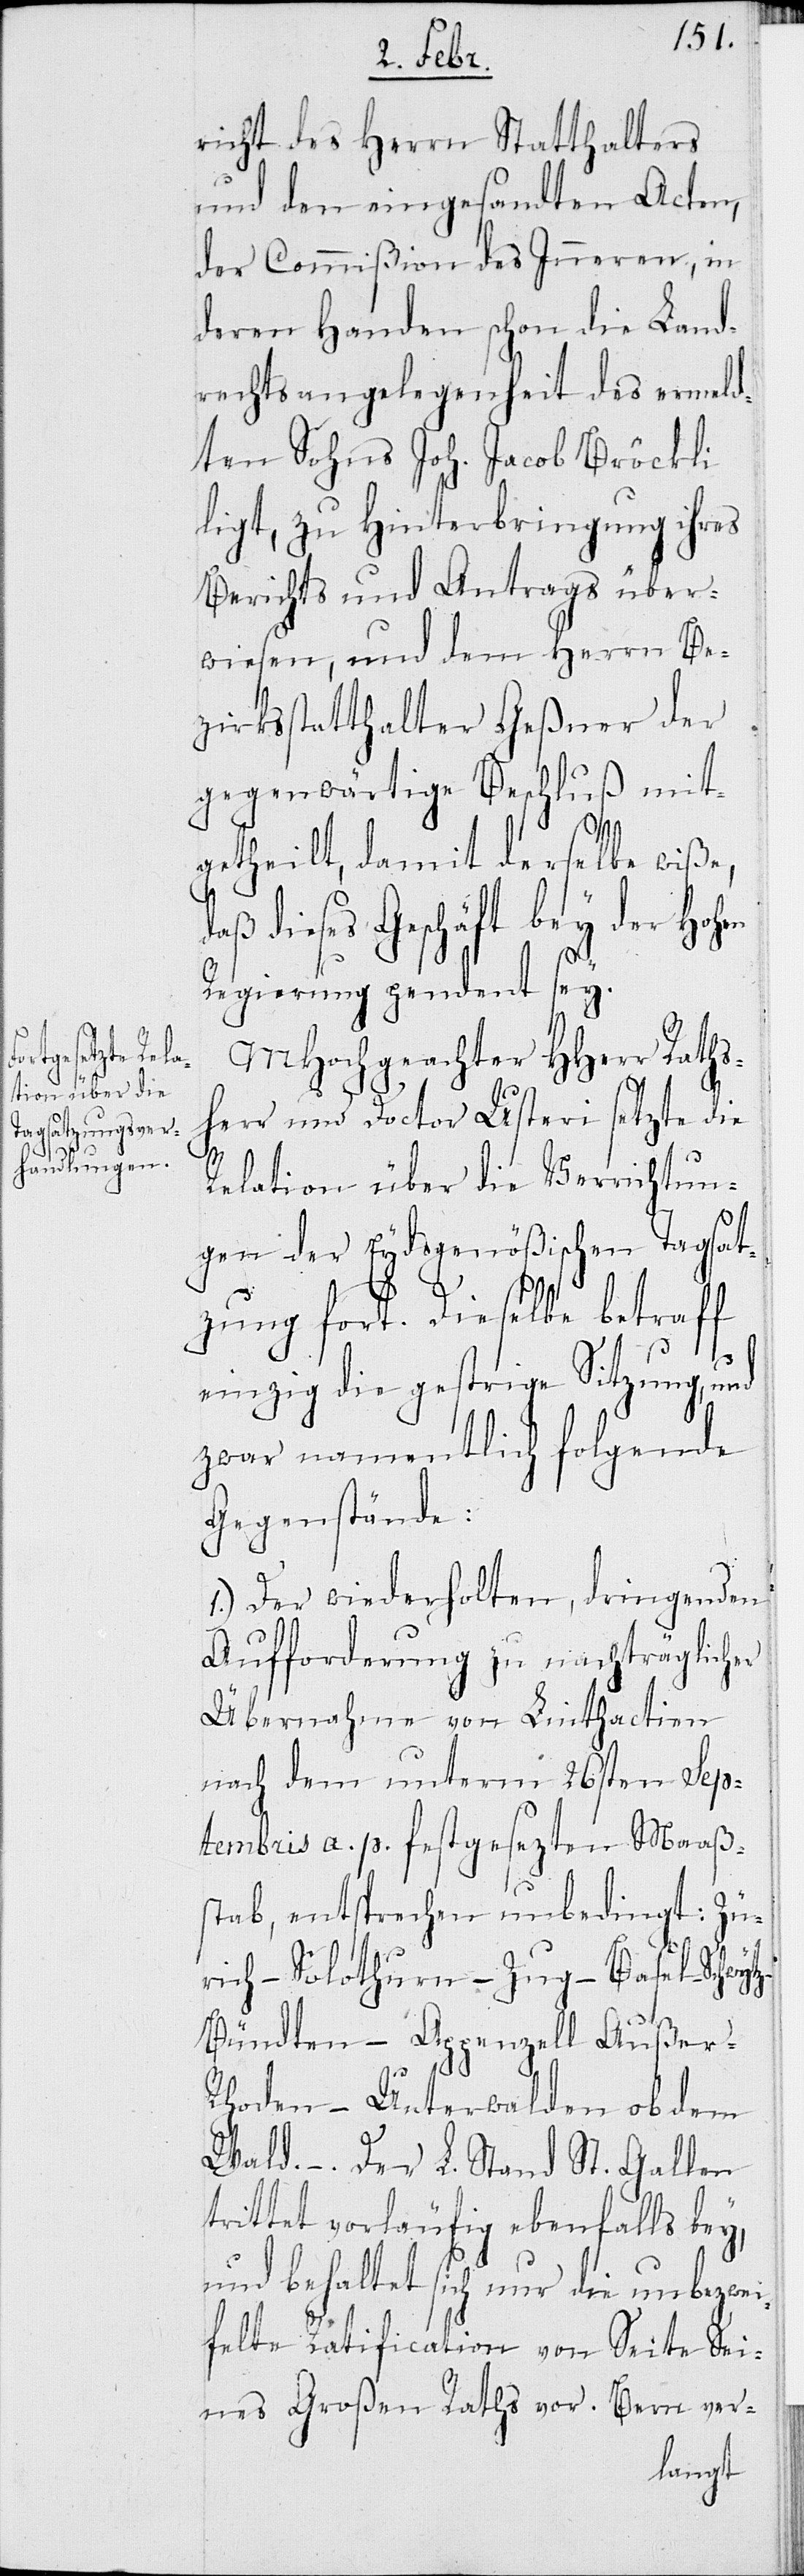
richt des Herrn Statthalters
und den eingesandten Acten,
der Commißion des Inneren, in
deren Handen schon die Land¬
rechtsangelegenheit des ermeld¬
ten Sohns Joh. Jacob Bröckli
ligt, zu Hinterbringung ihres
Berichts und Antrags über¬
wiesen, und dem Herrn Be¬
zirksstatthalter Geßner der
gegenwärtige Beschluß mit¬
hen
getheilt, damit derselbe wiße,
dieses Geschäft bey der Ho¬
Regierung pendent sey.
MHochgeachter HHerr Raths¬
herr und Doctor Usteri setzte die
Relation über die Verrichtun¬
gen der Eydsgenößischen Tagsat¬
zung fort. Dieselbe betraff
einzig die gestrige Sitzung und
zwar namentlich folgende
Gegenstände:
1.) Der wiederholten, dringenden
Aufforderung zu nachträglicher
Übernahme von Linthactien
nach dem unterm 26sten Sep¬
tembris a. p. festgesetzten Maaß¬
stab, entsprechen unbedingt: Zü¬
rich – Solothurn – Zug – Basel – Schwytz
Bündten – Appenzell Außer-R¬
hoden – Unterwalden ob dem
Wald. – . Der L. Stand St. Gallen
trittet vorläufig ebenfalls bey,
und behaltet sich nur die unbezwei¬
felte Ratification von Seite Sei¬
nes Großen Raths vor. Bern ver-